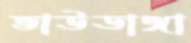
ভাউডাঙ্গা